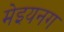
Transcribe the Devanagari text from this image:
मेइयनग